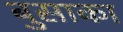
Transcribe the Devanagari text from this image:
बुसाका